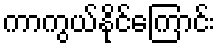
ကာကွယ်နိုင်ကြောင်း